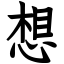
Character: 想